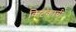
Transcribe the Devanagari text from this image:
किटकाची